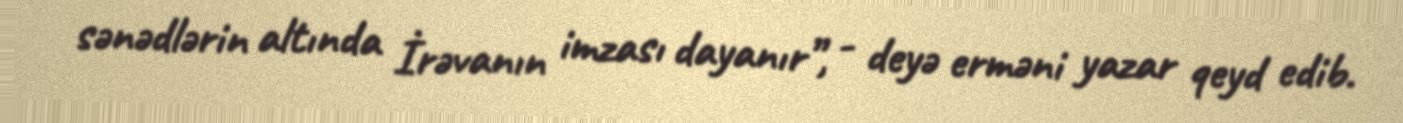
sənədlərin altında İrəvanın imzası dayanır”, - deyə erməni yazar qeyd edib.